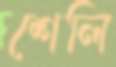
শেলি